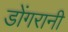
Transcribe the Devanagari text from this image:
डोंगरानी